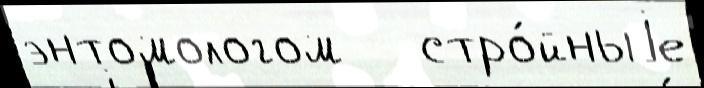
энтомологом   стро́йныjе